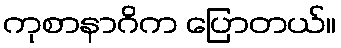
ကုစာနာဂိက ပြောတယ်။